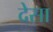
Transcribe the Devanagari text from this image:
देसा